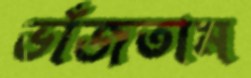
ভাঁজতাম